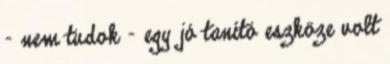
- nem tudok - egy jó tanító eszköze volt